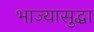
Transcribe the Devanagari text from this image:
भाज्यासुद्धा